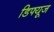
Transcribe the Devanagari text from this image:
डिफ्यूज